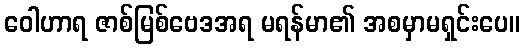
ဝေါဟာရ ဇာစ်မြစ်ဗေဒအရ မရန်မာ၏ အစမှာမရှင်းပေ။